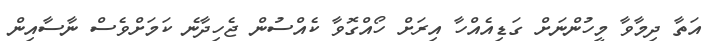
އަތާ ދިމާވާ މީހުންނަށް ގަޑިއެއްހާ އިރަށް ހޯއްގޮވާ ކެއްސުން ޖެހިދާނެ ކަމަށްވެސް ނާސާއިން